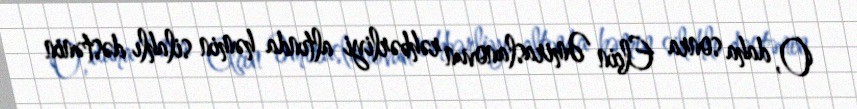
O, daha sonra Elçin Əmiraslanovun rəhbərliyi altında həmin silahlı dəstənin